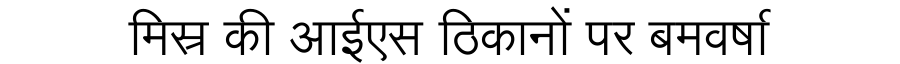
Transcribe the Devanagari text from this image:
मिस्र की आईएस ठिकानों पर बमवर्षा